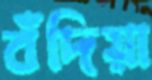
বঁদিয়া